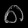
Digit: ၈